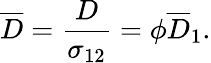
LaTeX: \overline{{D}}=\frac{D}{\sigma_{12}}=\phi\overline{{D}}_{1}.